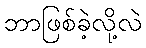
ဘာဖြစ်ခဲ့လို့လဲ